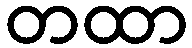
တထာ